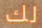
لك